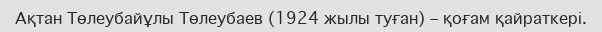
Ақтан Төлеубайұлы Төлеубаев (1924 жылы туған) – қоғам қайраткері.